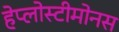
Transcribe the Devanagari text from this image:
हेप्लोस्टीमोनस